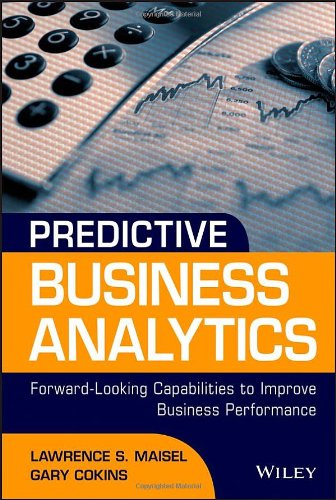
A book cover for Predictive Business Analytics: Forward Looking Capabilities to Improve Business Performance; Lawrence Maisel; Business & Money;